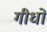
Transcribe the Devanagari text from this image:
गीधों